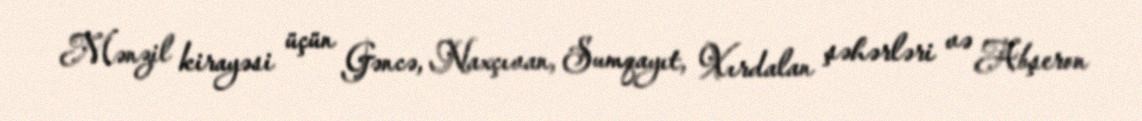
Mənzil kirayəsi üçün Gəncə, Naxçıvan, Sumqayıt, Xırdalan şəhərləri və Abşeron